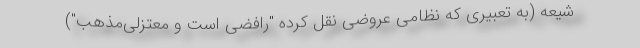
شیعه (به تعبیری که نظامی عروضی نقل کرده "رافضی است و معتزلی‌مذهب")